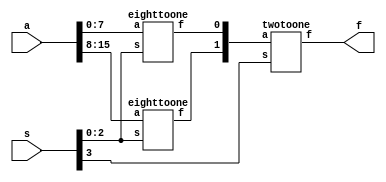
module sixtoone(a,s,f);
	input [15:0] a;
	input [3:0] s;
	output f;
	wire [1:0] c;
	eighttoone stage0(a[7:0],s[2:0],c[0]);
	eighttoone stage1(a[15:8],s[2:0],c[1]);
	twotoone stage2(c,s[3],f);
	
endmodule

module eighttoone(a,s,f);
	input [7:0] a;
	input [2:0] s;
	output f;
	reg f;
	always@(s,a)
	begin
		case(s)
			0: f =a[0];
			1: f =a[1];
			2: f =a[2];
			3: f =a[3];
			4: f =a[4];
			5: f =a[5];
			6: f =a[6];
			7: f =a[7];
		endcase
	end
endmodule

module twotoone(a,s,f);
	input [1:0] a;
	input s;
	output f;
	reg f;
	always@(s,a)
	begin
		if(s)
			f = a[1];
		else
			f = a[0];
	end
endmodule